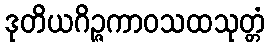
ဒုတိယဂိဉ္ဇကာဝသထသုတ္တံ